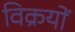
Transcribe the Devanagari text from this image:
विक्रयों